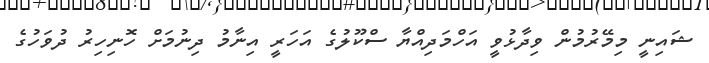
ޝައިނީ މިމޭރުމުން ވިދާޅުވީ އަހްމަދިއްޔާ ސްކޫލުގެ އަހަރީ އިނާމު ދިނުމަށް ހޮނިހިރު ދުވަހުގެ